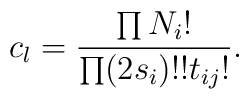
c_l=\frac{\prod N_i!}{\prod (2 s_i)!! t_{ij}!}.